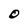
Character: O